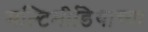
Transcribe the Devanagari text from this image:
मल्टिमीडियाच्या